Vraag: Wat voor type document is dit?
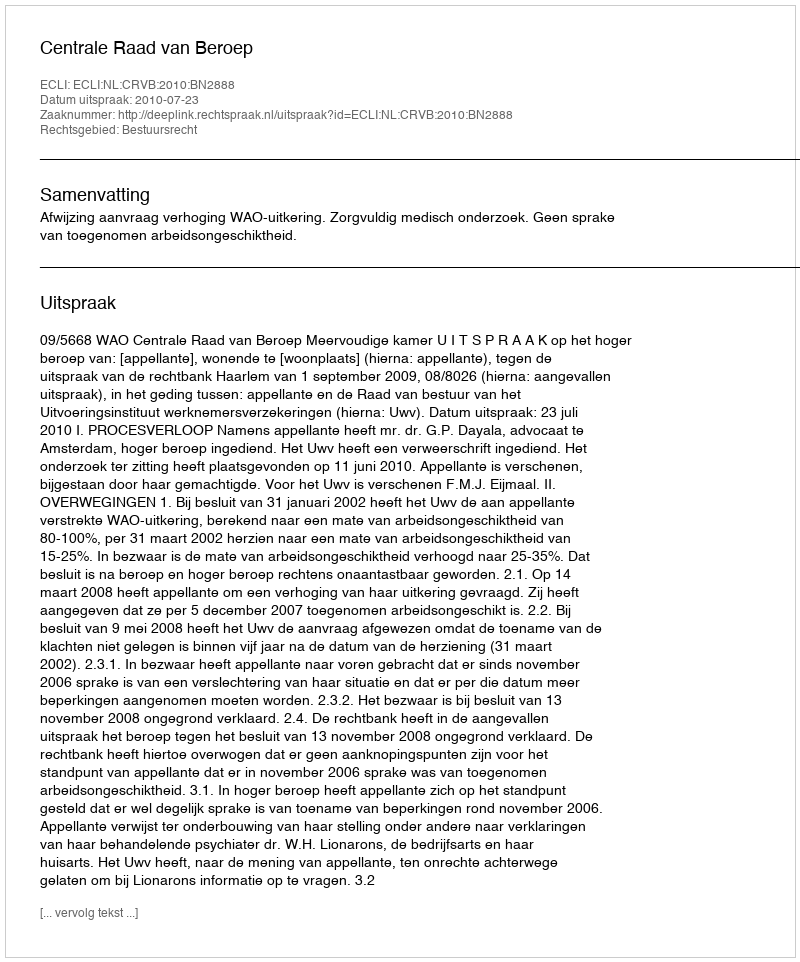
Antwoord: Uitspraak